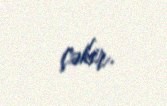
çəkir.